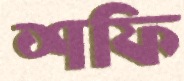
শফি